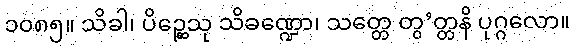
၁၀၈၅။ သိခါ၊ ပိဉ္ဆေသု သိခဏ္ဍော၊ သတ္တေ တွ’တ္တနိ ပုဂ္ဂလော။